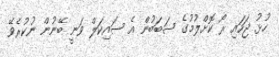
ހުޅު ޖަހައި ރޯ ކޮށްލުމުގެ ސަބަބުން އެ ސައިކަލް ވަނީ ބޭނުން ނުކުރެވޭ